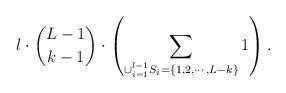
LaTeX: \begin{align*}l\cdot\binom{L-1}{k-1}\cdot\left(\sum_{\cup_{i=1}^{l-1}S_i=\{1,2,\cdots,L-k\}}1\right).\end{align*}